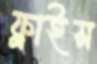
ফ্লাইস